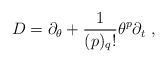
\begin{align*}D=\partial_{\theta } +\frac{1}{(p)_ {q}!}\theta^{p}\partial_{t}\ ,\end{align*}